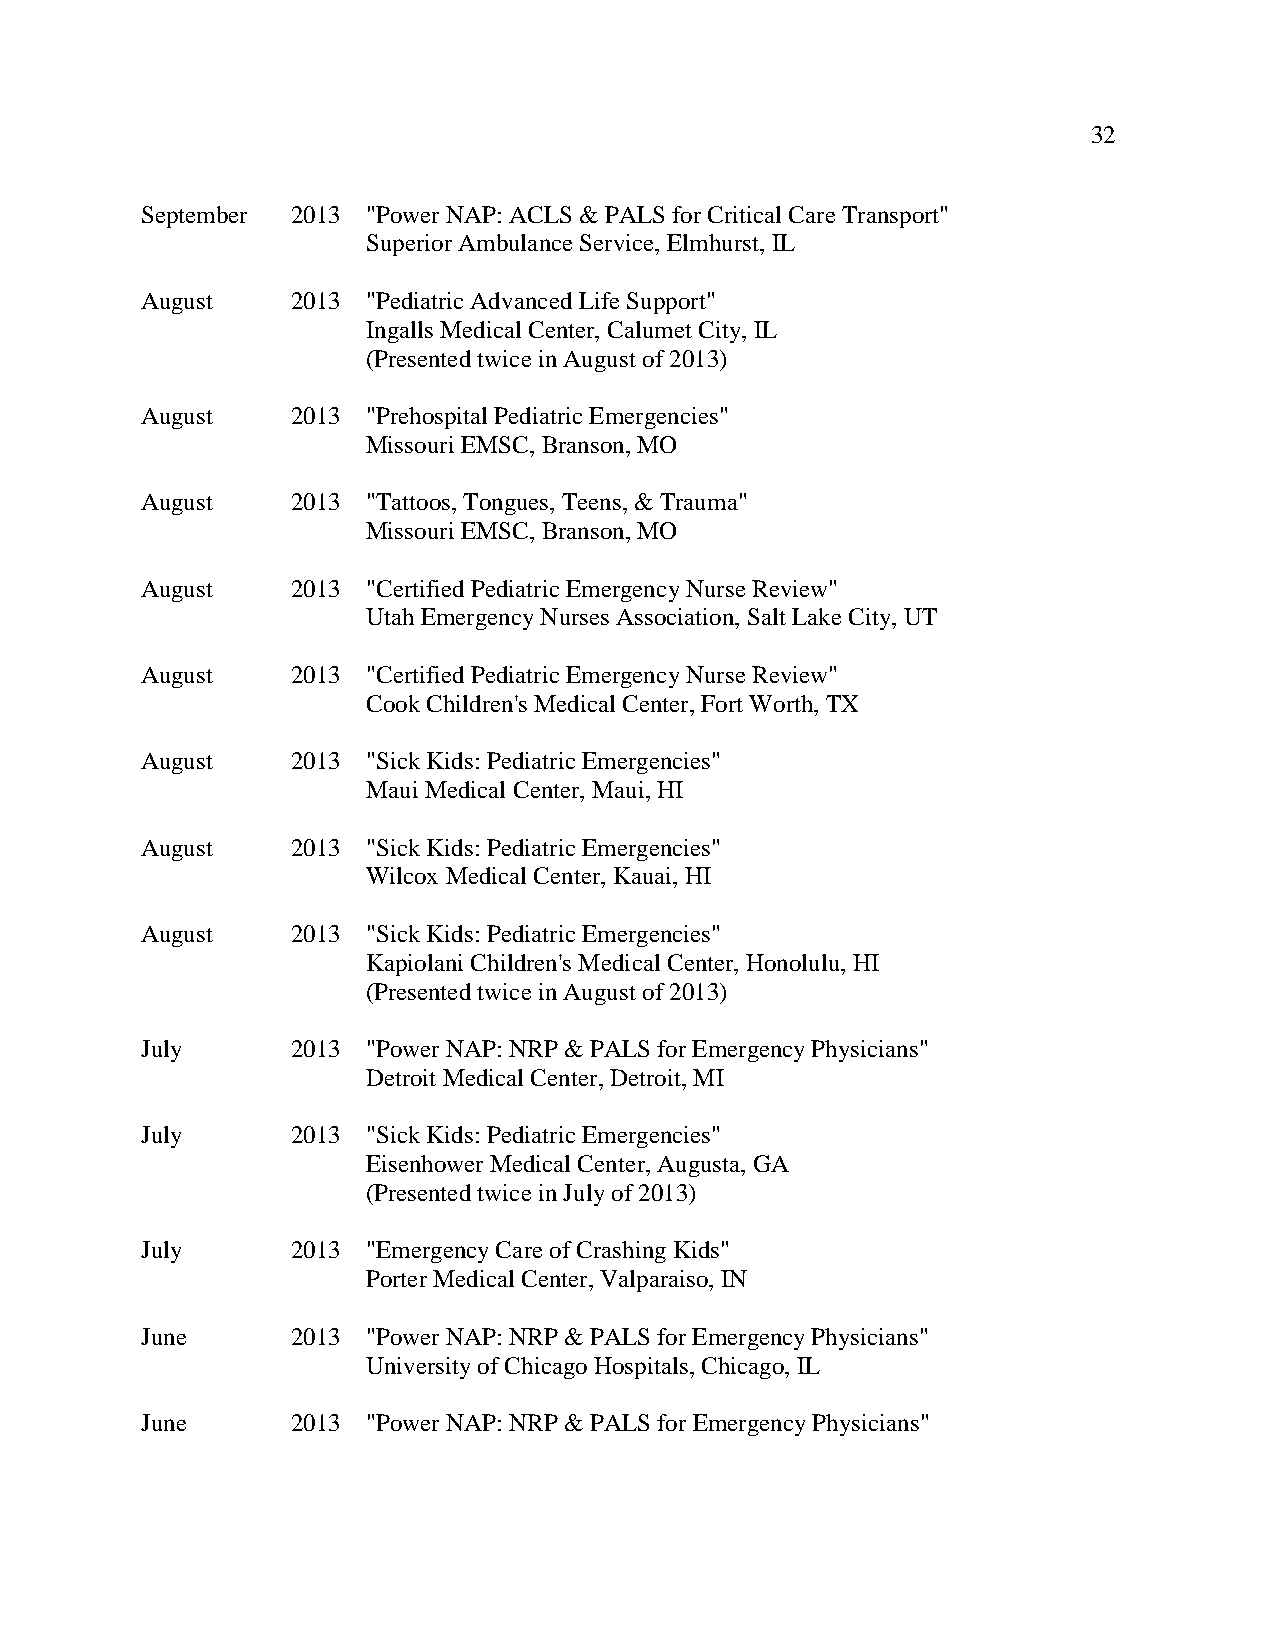
32
 September 2013 "Power NAP: ACLS & PALS for Critical Care Transport"
 Superior Ambulance Service, Elmhurst, IL
 August    2013 "Pediatric Advanced Life Support"
 Ingalls Medical Center, Calumet City, IL
 (Presented twice in August of 2013)
 August    2013 "Prehospital Pediatric Emergencies"
 Missouri EMSC, Branson, MO
 August    2013 "Tattoos, Tongues, Teens, & Trauma"
 Missouri EMSC, Branson, MO
 August    2013 "Certified Pediatric Emergency Nurse Review"
 Utah Emergency Nurses Association, Salt Lake City, UT
 August    2013 "Certified Pediatric Emergency Nurse Review"
 Cook Children's Medical Center, Fort Worth, TX
 August    2013 "Sick Kids: Pediatric Emergencies"
 Maui Medical Center, Maui, HI
 August    2013 "Sick Kids: Pediatric Emergencies"
 Wilcox Medical Center, Kauai, HI
 August    2013 "Sick Kids: Pediatric Emergencies"
 Kapiolani Children's Medical Center, Honolulu, HI
 (Presented twice in August of 2013)
 July      2013 "Power NAP: NRP & PALS for Emergency Physicians"
 Detroit Medical Center, Detroit, MI
 July      2013 "Sick Kids: Pediatric Emergencies"
 Eisenhower Medical Center, Augusta, GA
 (Presented twice in July of 2013)
 July      2013 "Emergency Care of Crashing Kids"
 Porter Medical Center, Valparaiso, IN
 June      2013 "Power NAP: NRP & PALS for Emergency Physicians"
 University of Chicago Hospitals, Chicago, IL
 June      2013 "Power NAP: NRP & PALS for Emergency Physicians"